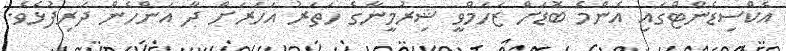
އެކްސިޑެންޓްގައި އެންމެ ބޮޑަށް ޒަހަމްވީ ޝިރުމީނާގެ ހަތަރު އަހަރަށް ދާ އަންހެން ދަރިފުޅެވެ.